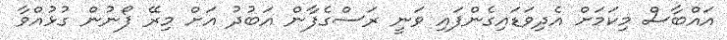
އައްބާސް މިކަމަށް އެދިވަޑައިގެންފައި ވަނީ ރަސްގެފާން އަބުދު އަށް މިރޭ ފޯނުން ގުޅުއްވާ